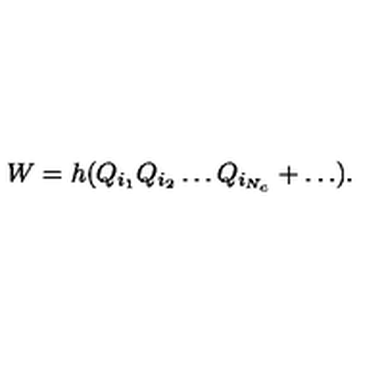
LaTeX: W = h ( Q _ { i _ { 1 } } Q _ { i _ { 2 } } \dots Q _ { i _ { N _ { c } } } + \dots ) .